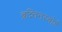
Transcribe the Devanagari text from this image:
ब्रन्न्विनस्बोर्ड